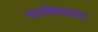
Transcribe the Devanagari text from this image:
पनवेलास